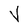
Character: V